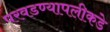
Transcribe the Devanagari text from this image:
परवडण्यापलीकडे